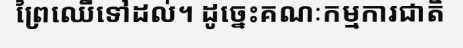
ព្រៃឈើទៅដល់។ ដូច្នេះគណៈកម្មការជាតិ